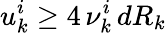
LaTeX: u_{k}^{i}\ge 4\, \nu_{k}^{i}\, dR_{k}